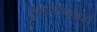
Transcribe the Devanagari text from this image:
कुंभारीणअसे